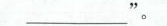
___”。